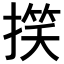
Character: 𢲑